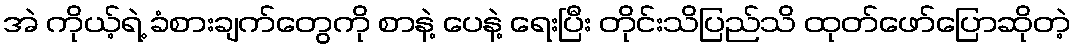
အဲ ကိုယ့်ရဲ့ ခံစားချက်တွေကို စာနဲ့ ပေနဲ့ ရေးပြီး တိုင်းသိပြည်သိ ထုတ်ဖော်ပြောဆိုတဲ့